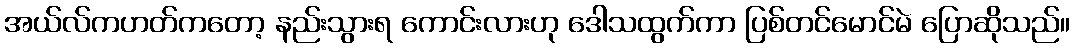
အယ်လ်ကဟတ်ကတော့ နည်းသွားရ ကောင်းလားဟု ဒေါသထွက်ကာ ပြစ်တင်မောင်မဲ ပြောဆိုသည်။